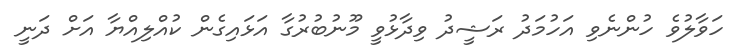
ހަވާލުވެ ހުންނެވި އަހުމަދު ރަޝީދު ވިދާޅުވީ މޫނުބުރުގާ އަޅައިގެން ކުއްލިއްޔާ އަށް ދަނީ